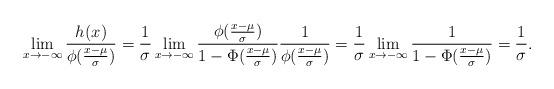
LaTeX: \begin{align*}\lim_{x\to-\infty}\frac{h_{}(x)}{\phi(\frac{x-\mu}{\sigma})}=\frac{1}{\sigma}\lim_{x\to-\infty}\frac{\phi(\frac{x-\mu}{\sigma})}{1-\Phi(\frac{x-\mu}{\sigma})}\frac{1}{\phi(\frac{x-\mu}{\sigma})}=\frac{1}{\sigma}\lim_{x\to-\infty}\frac{1}{1-\Phi(\frac{x-\mu}{\sigma})}=\frac{1}{\sigma}.\end{align*}